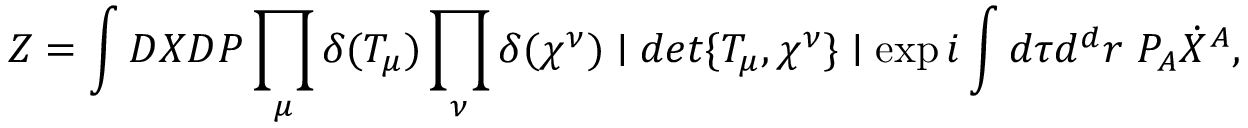
Z = \int { \cal D } X { \cal D } P \prod _ { \mu } \delta ( T _ { \mu } ) \prod _ { \nu } \delta ( \chi ^ { \nu } ) \mid d e t \{ T _ { \mu } , \chi ^ { \nu } \} \mid \exp i \int d \tau d ^ { d } r ~ P _ { A } \dot { X } ^ { A } ,